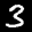
Label: 3